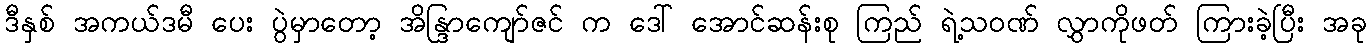
ဒီနှစ် အကယ်ဒမီ ပေး ပွဲမှာတော့ အိန္ဒြာကျော်ဇင် က ဒေါ် အောင်ဆန်းစု ကြည် ရဲ့သဝဏ် လွှာကိုဖတ် ကြားခဲ့ပြီး အခု